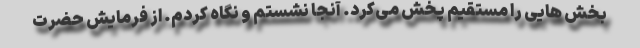
بخش هایی را مستقیم پخش می‌کرد. آنجا نشستم و نگاه کردم. از فرمایش حضرت